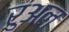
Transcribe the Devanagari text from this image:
रुअल